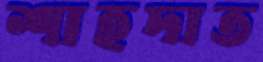
শাহদাত